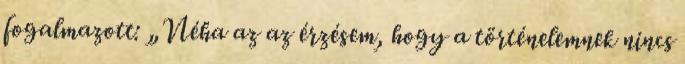
fogalmazott: „Néha az az érzésem, hogy a történelemnek nincs